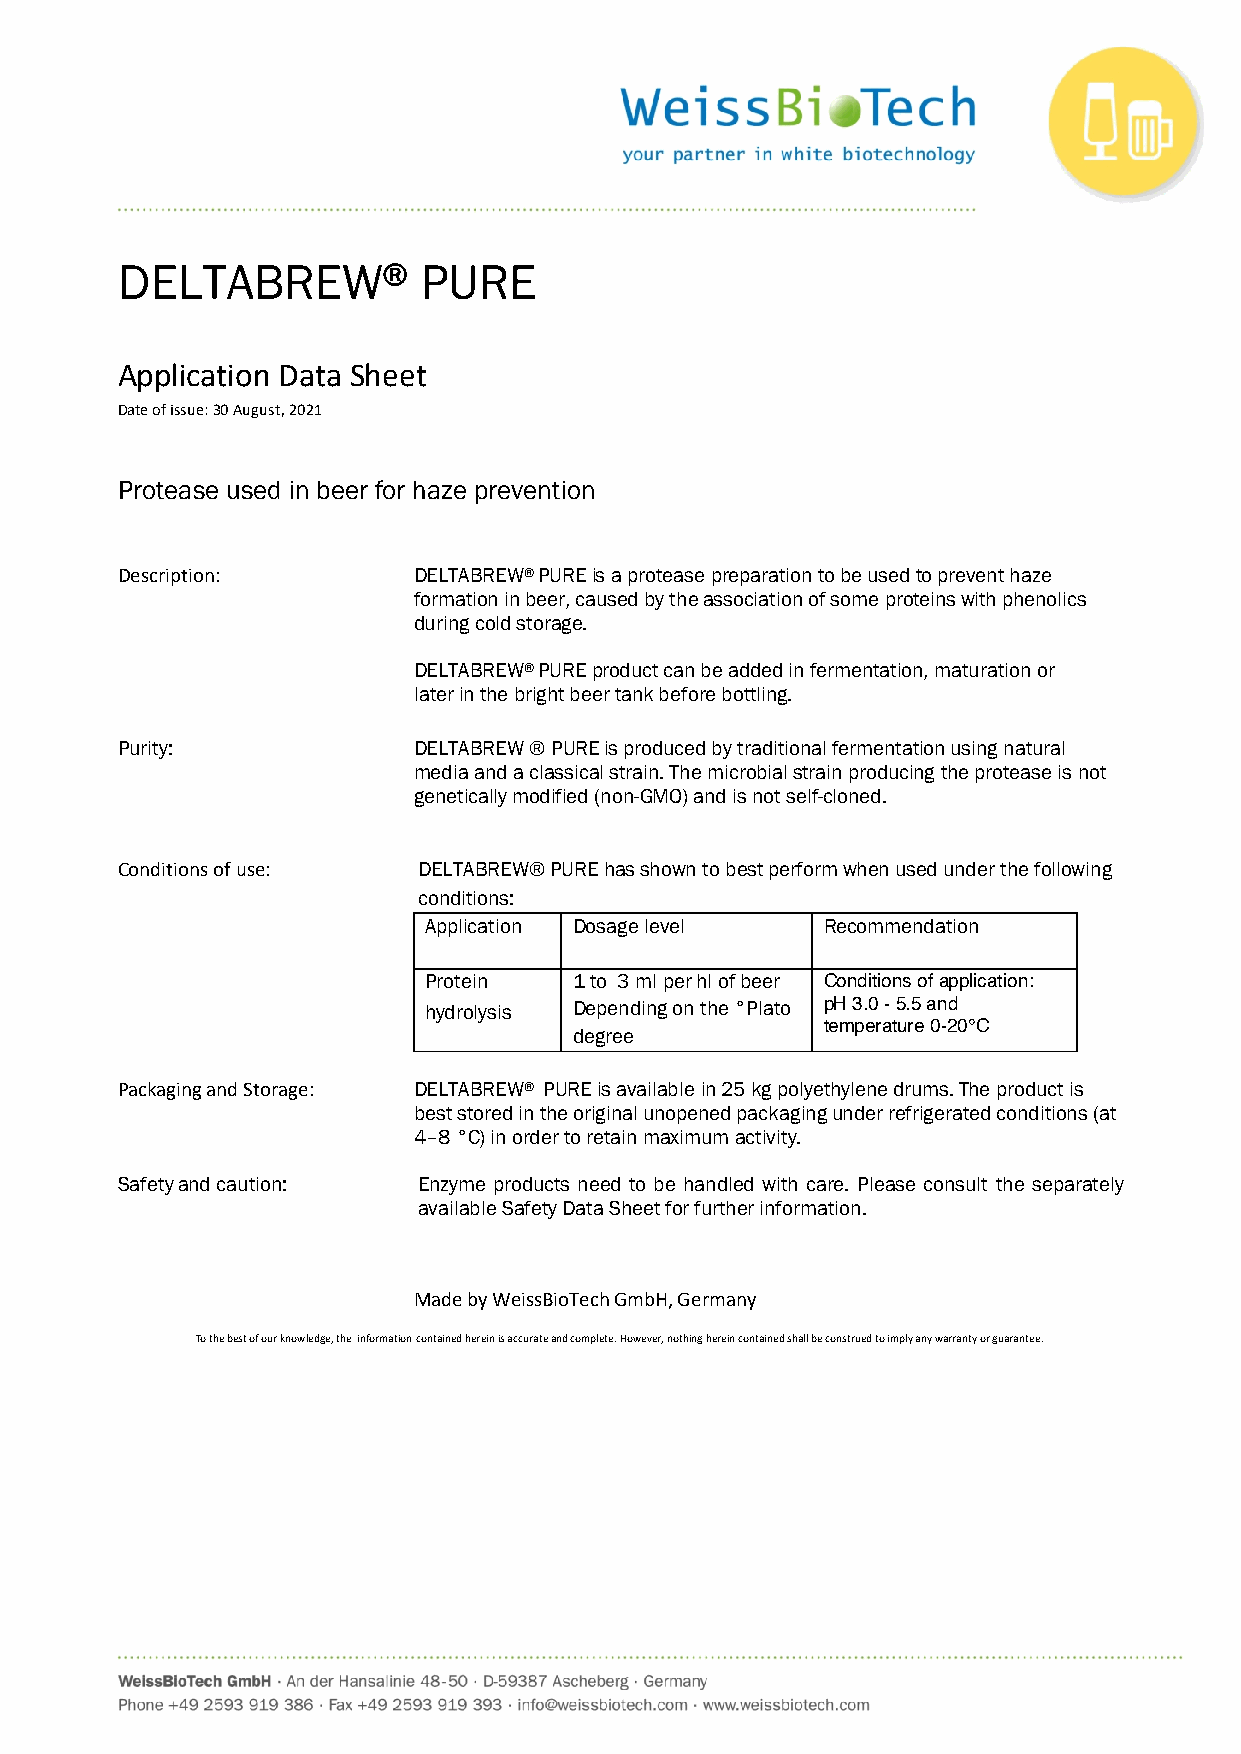
DELTABREW®          PURE
 Application Data Sheet
 Date of issue: 30 August, 2021
 Protease used in beer for haze prevention
 Description:       DELTABREW® PURE is a protease preparation to be used to prevent haze
 formation in beer, caused by the association of some proteins with phenolics
 during cold storage.
 DELTABREW® PURE product can be added in fermentation, maturation or
 later in the bright beer tank before bottling.
 Purity:            DELTABREW ® PURE is produced by traditional fermentation using natural
 media and a classical strain. The microbial strain producing the protease is not
 genetically modified (non-GMO) and is not self-cloned.
 Conditions of use:  DELTABREW® PURE has shown to best perform when used under the following
 conditions:
 Application Dosage level   Recommendation
 Protein   1 to 3 ml per hl of beer Conditions of application:
 hydrolysis Depending on the °Plato pH 3.0 - 5.5 and
 temperature 0-20°C
 degree
 Packaging and Storage: DELTABREW® PURE is available in 25 kg polyethylene drums. The product is
 best stored in the original unopened packaging under refrigerated conditions (at
 4–8 °C) in order to retain maximum activity.
 Safety and caution: Enzyme products need to be handled with care. Please consult the separately
 available Safety Data Sheet for further information.
 Made by WeissBioTech GmbH, Germany
 To the best of our knowledge, the information contained herein is accurate and complete. However, nothing herein contained shall be construed to imply any warranty or guarantee.